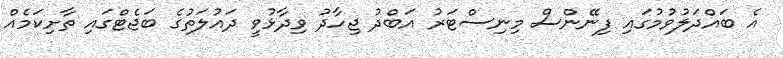
އެ ބައްދަލުވުމުގައި ފިނޭންސް މިނިސްޓަރު އަބްދު ޖިހާދު ވިދާޅުވީ ދައުލަތުގެ ބަޖެޓްގައި ތާށިކަމެއް